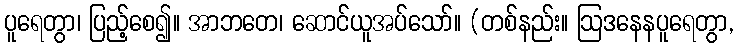
ပူရေတွာ၊ ပြည့်စေ၍။ အာဘတေ၊ ဆောင်ယူအပ်သော်။ (တစ်နည်း။ ဩဒနေနပူရေတွာ,